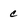
Character: C